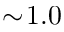
\sim \! 1 . 0